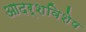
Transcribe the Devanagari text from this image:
आदर्शविशेष